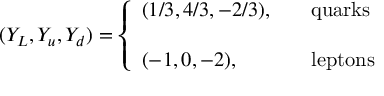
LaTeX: ( Y _ { L } , Y _ { u } , Y _ { d } ) = \left\{ \begin{array} { l l } { { ( 1 / 3 , 4 / 3 , - 2 / 3 ) , \quad } } & { { \mathrm { q u a r k s } \hfill } } \\ { { } } & { { } } \\ { { ( - 1 , 0 , - 2 ) , } } & { { \mathrm { l e p t o n s } } } \end{array} \right.